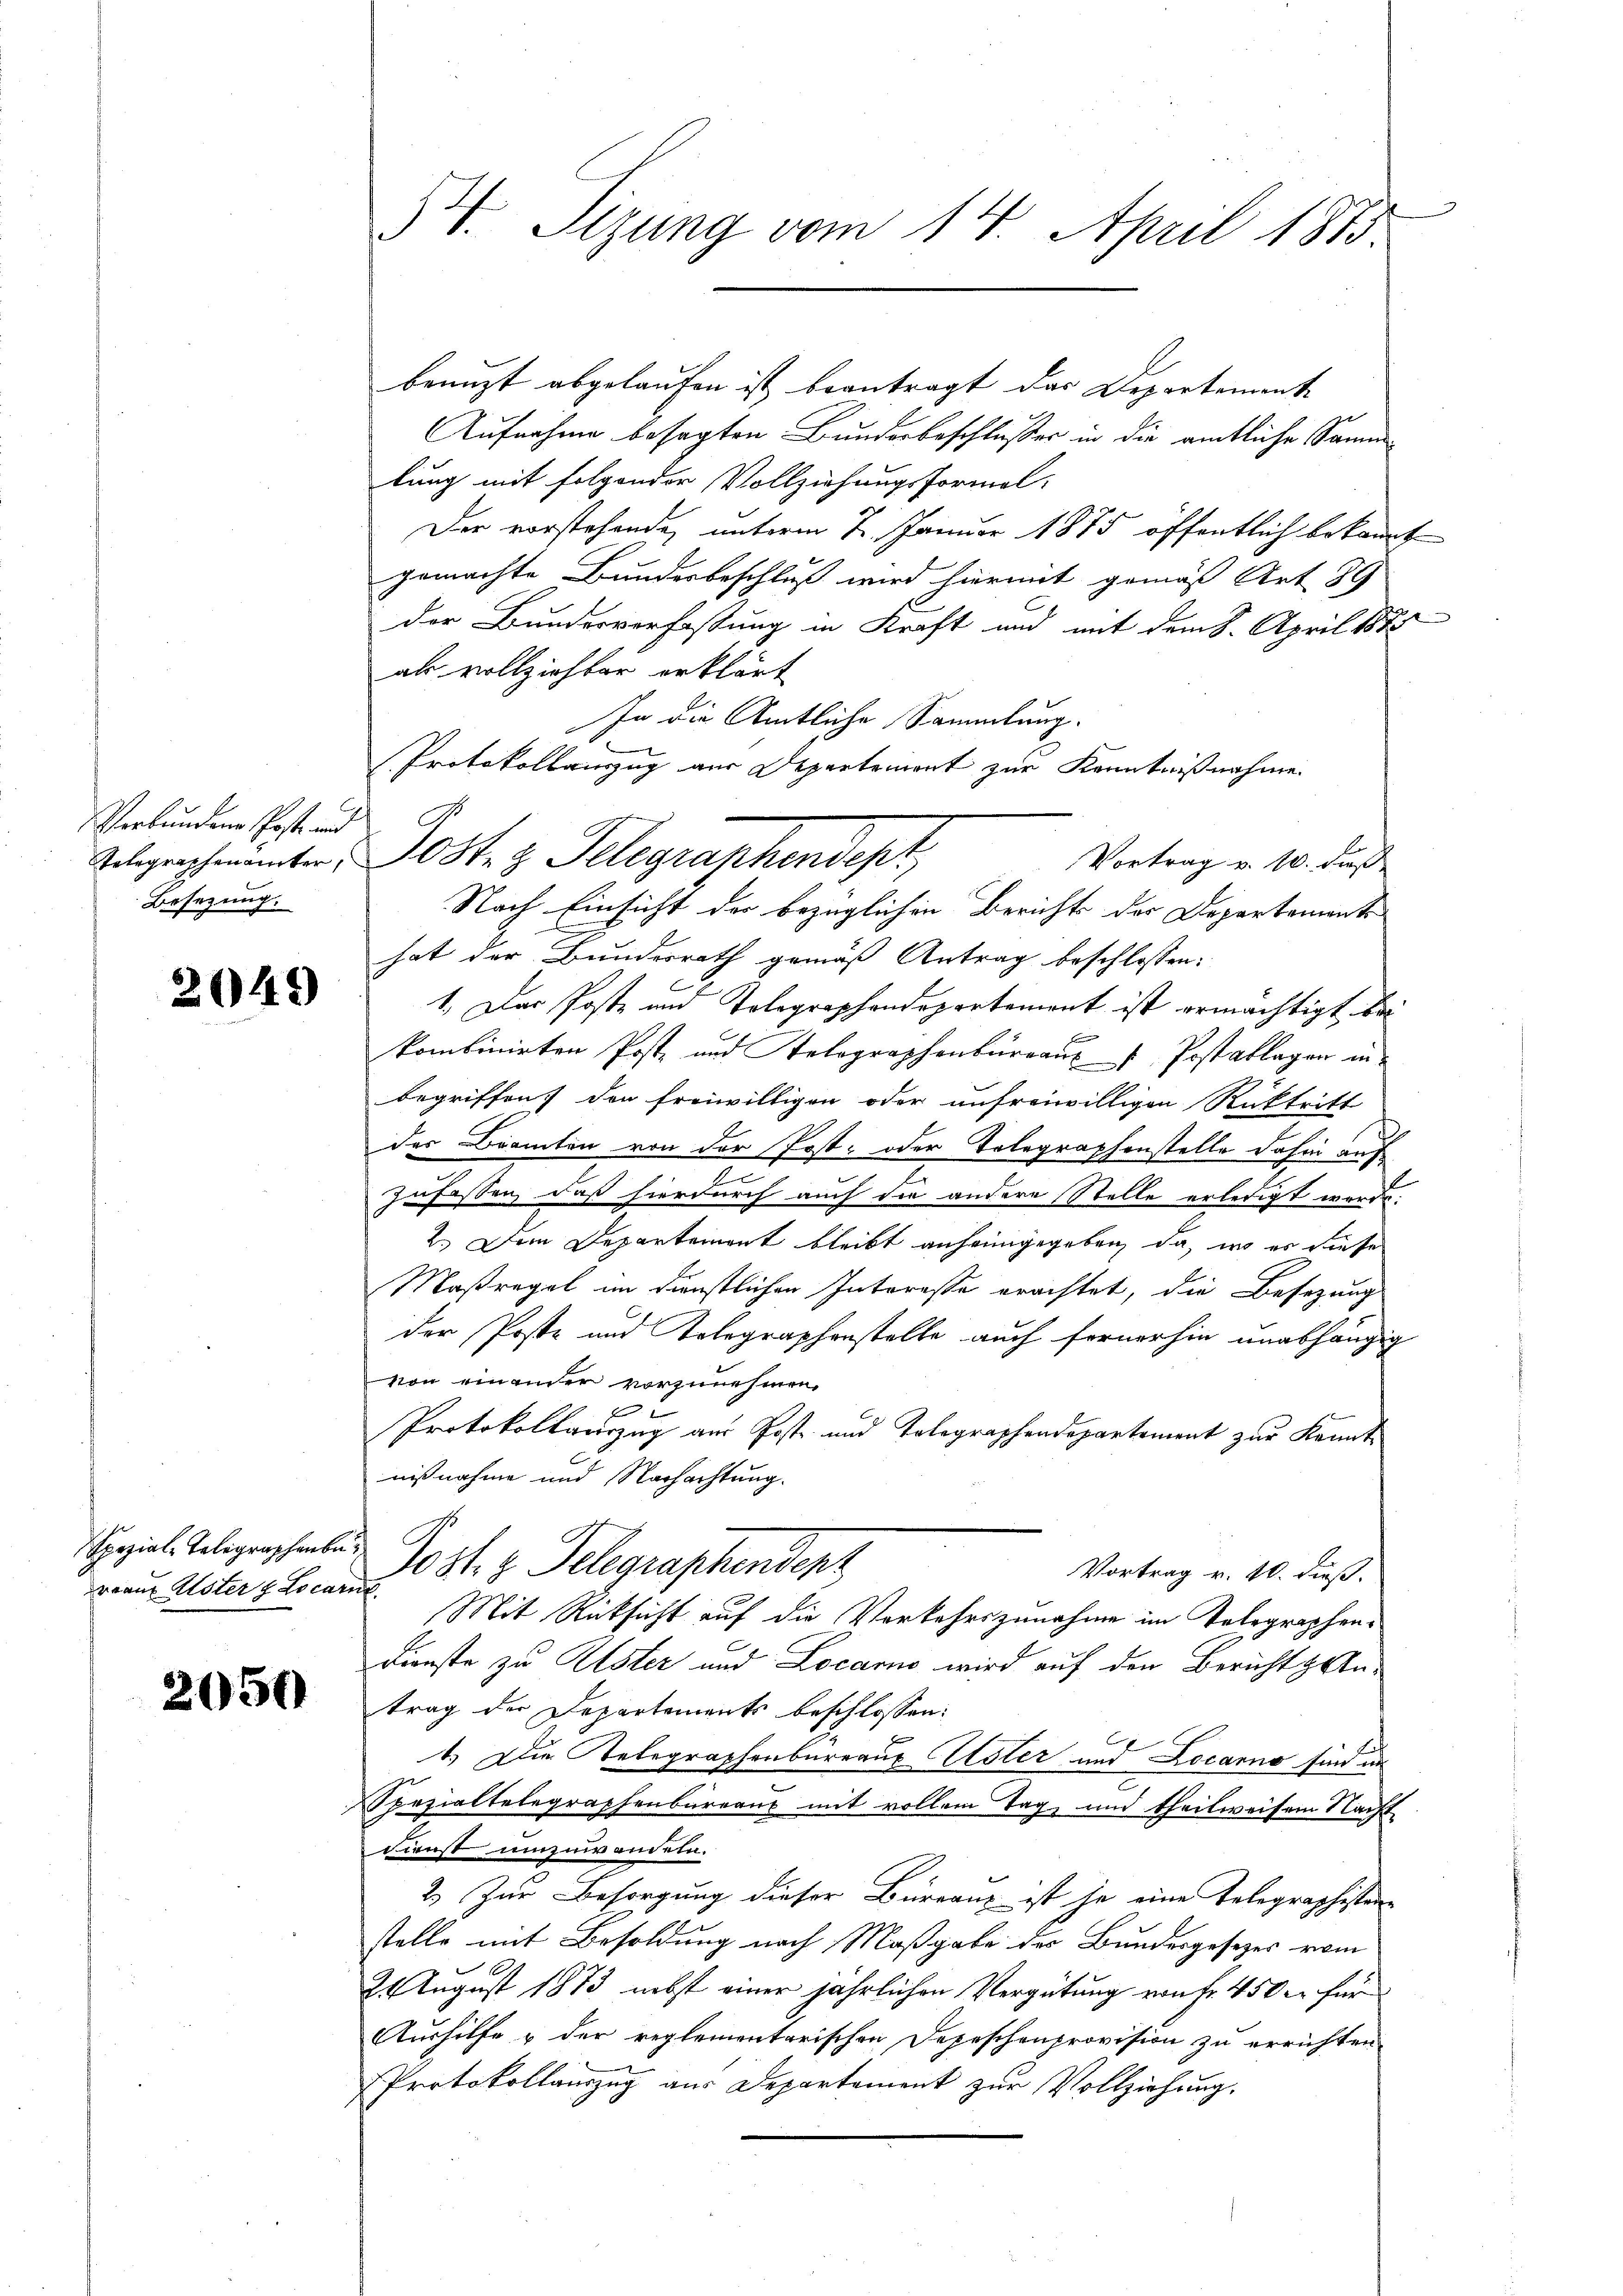
Verbundene Post und
Besezung.

2049)

pezial-Telegraphenbur
rraus Ester & Locarn

2050

54. Sizung vom 14. April 1883

benuzt abgelaufen ist beantragt das Departement
Aufnahme besagten Bundesbeschlußes in die amtliche Sammlung mit folgender Vollziehungsformel,
Der vorstehende, unterm 7. Januar 1875 öffentlich bekannt
gemachte Bundesbeschluß wird hiermit gemäß Art. 89
der Bundesverfassung in Kraft und mit dem 8. April 187
als vollziehter erklärt
In die Amtliche Sammlung.
Protokollauszug aus Departement zur Kenntnißnahme
Telegrapheater, Oste z. Telegraphendept,
Vortrag v. 10. dieß
Nach Einsicht der bezüglichen Berichts der Departemente
hat der Bundesrath gemäß Antrag beschlossen:
1.) Das Poste und Tolegraphendepartement ist ermächtigt bekombinirten Poste und Selographenbürraus Postaklagen in
begriffen, den freiwilligen oder unfreiwilligen Rücktritt
der Beamten von der Post- oder Telegraphenstelle dahin aufzufassen, daß hierdurch auch die andere Stelle erledigt werde.
2.) Dem Departement bleibt anheimgegeben, da, wo es diese
Maßregel im Dienstlichen Interesse erachtet, die Besizung
der Poste und Telegraphenstelle auch fernerhin unabhängig
von einander vorzunehmen,
u
Protokollarirzug aus Post und Telegraphendepartement zur Kenntnißnahme und Nachachtung.
Jos. v. Telegraphendenz
Vortrag v. 10. dieß.
Mit Rücksicht auf die Vorkehrszunahme im Telegraphen¬
Dienste zu Alster und Locarno wird auf den Bericht & Untrag der Departements beschlossen:
1.) Die Telegraphenbureaux Uster und Locarno sind un
Spezialtelegraphenbureaus mit vollem Tag, und theilweisem Nacht
dunst umzuwandeln.
2.) Zur Besorgung dieser Büreau ist je eine Telegraphisten
stelle mit Besoldung nach Maßgabe des Bundesgesezes vom
24 August 1873 nebst einer jährlichen Vergütung von fr. 450. für
Aushilfe & der reglementarischen Depeschenprovision zu errichten
Protokollauszug aus Departement zur Vollziehung,